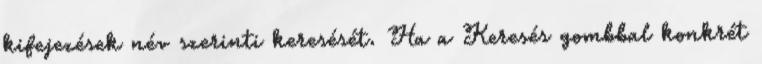
kifejezések név szerinti keresését. Ha a Keresés gombbal konkrét